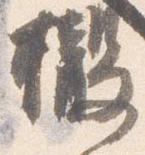
撤